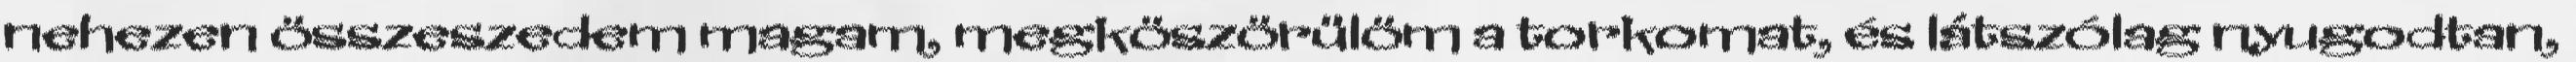
nehezen összeszedem magam, megköszörülöm a torkomat, és látszólag nyugodtan,